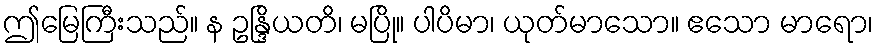
ဤမြေကြီးသည်။ န ဥန္ဒြိယတိ၊ မပြို။ ပါပိမာ၊ ယုတ်မာသော။ ဧသော မာရော၊